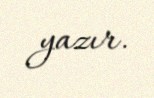
yazır.